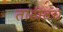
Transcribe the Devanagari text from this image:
ताटातच